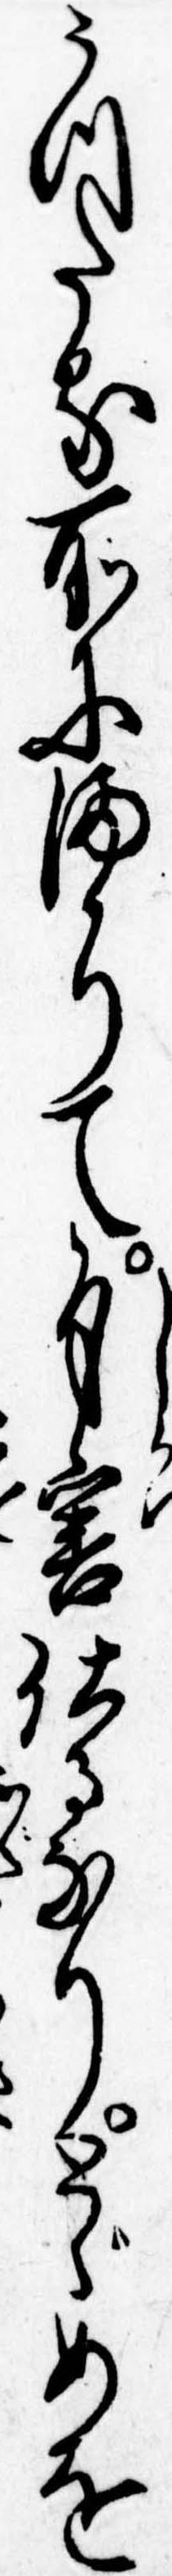
うつたる所にまかりて自害仕るなりとゞめを